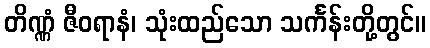
တိဏ္ဏံ ဇီဝရာနံ၊ သုံးထည်သော သင်္ကန်းတို့တွင်။